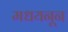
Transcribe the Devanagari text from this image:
मधयनून